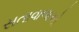
સતાવાળાઓ